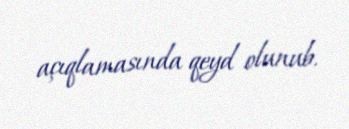
açıqlamasında qeyd olunub.